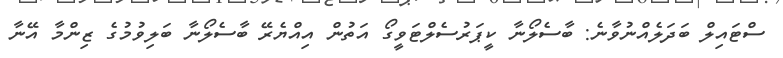
ސްޓައިލް ބަދަލެއްނުވާނެ: ބާސެލޯނާ ކީޕަރުސެލްޓަވީގޯ އަތުން އިއްޔެރޭ ބާސެލޯނާ ބަލިވުމުގެ ޒިންމާ އޭނާ